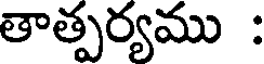
తాత్పర్యము :